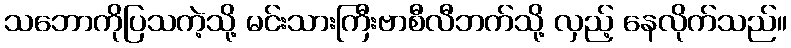
သဘောကိုပြသကဲ့သို့ မင်းသားကြီးဗာစီလီဘက်သို့ လှည့် နေလိုက်သည်။